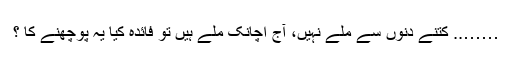
…….. کتنے دنوں سے ملے نہیں، آج اچانک ملے ہیں تو فائدہ کیا یہ پوچھنے کا ؟